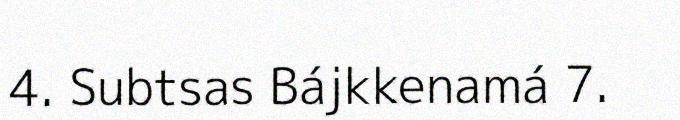
4. Subtsas Bájkkenamá 7.